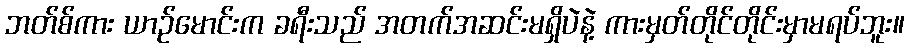
ဘတ်စ်ကား ယာဉ်မောင်းက ခရီးသည် အတက်အဆင်းမရှိပဲနဲ့ ကားမှတ်တိုင်တိုင်းမှာမရပ်ဘူး။